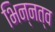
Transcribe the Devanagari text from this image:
भिन्‍नत्व